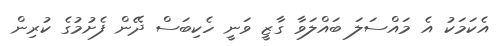
އެކަމަކު އެ މައްސަލަ ބައްލަވާ ގާޒީ ވަނީ ހެކިބަސް ދޭން ފެށުމުގެ ކުރިން